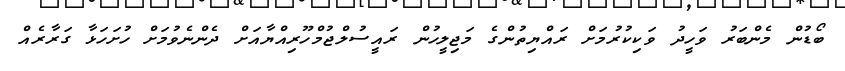
ބޯޑުން މެންބަރު ވަހީދު ވަކިކުރުމަށް ރައްޔިތުންގެ މަޖިލީހުން ރައީސުލްޖުމްހޫރިއްޔާއަށް ދެންނެވުމަށް ހުށަހަޅާ ގަރާރެއް